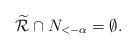
LaTeX: \begin{align*}\widetilde{\mathcal{R}} \cap N_{< -\alpha} = \emptyset.\end{align*}